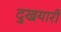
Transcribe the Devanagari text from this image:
दुखयारी